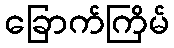
ခြောက်ကြိမ်